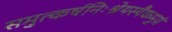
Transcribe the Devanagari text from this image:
समुत्कर्षनिःश्रेयस्यैकमुग्रं